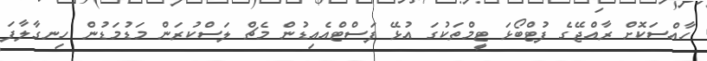
ހާއްސަކޮށް ރާއްޖޭގެ ފުޓްބޯޅަ ޓީމްތަކުގަ އުޅޭ ފަސްޓްއެއިޑުން މެޗް ލަސްކުރަން މަޑުމަޑުން ހިނގާލާފަ